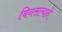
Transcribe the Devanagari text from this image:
बिनसल्याने